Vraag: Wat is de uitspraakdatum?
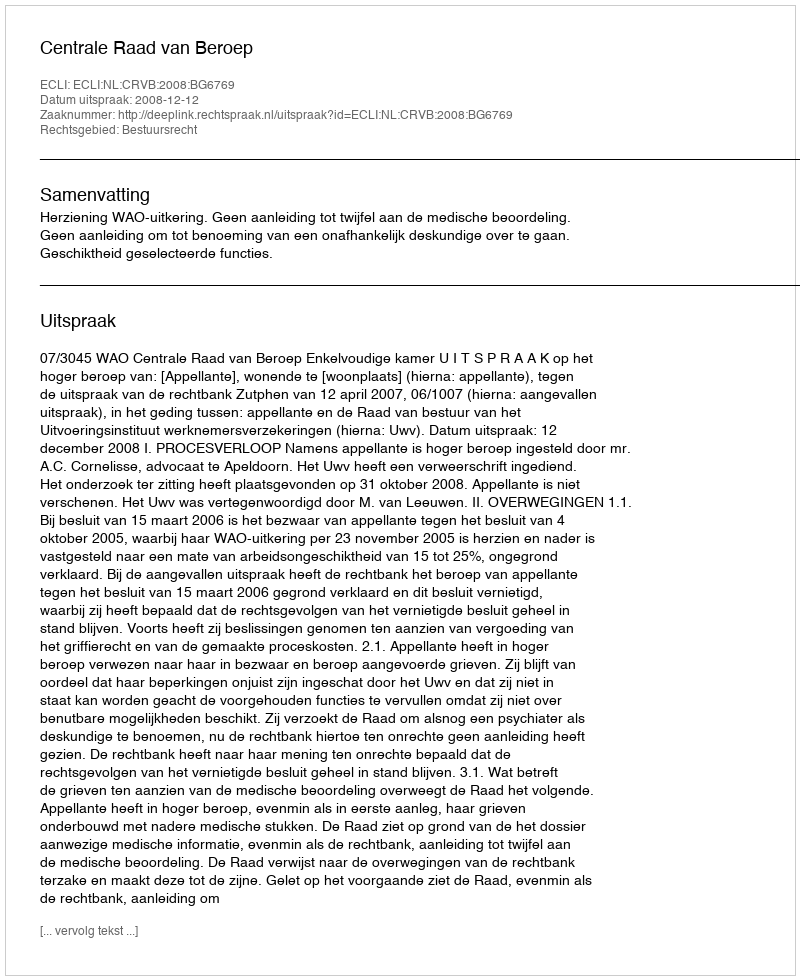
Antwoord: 2008-12-12